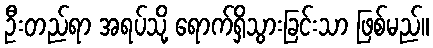
ဦးတည်ရာ အရပ်သို့ ရောက်ရှိသွားခြင်းသာ ဖြစ်မည်။